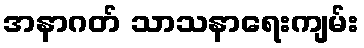
အနာဂတ် သာသနာရေးကျမ်း